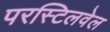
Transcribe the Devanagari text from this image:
परस्टिलवेल